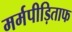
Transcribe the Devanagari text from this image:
मर्मपीड़िताफ